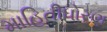
માહિતીધોરણ